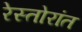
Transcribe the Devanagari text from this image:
रेस्तोरांत